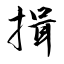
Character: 揖